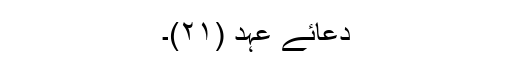
دعائے عہد (۲۱)۔